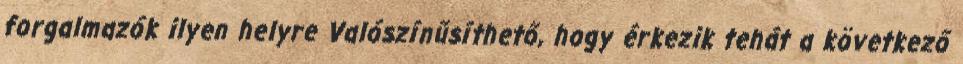
forgalmazók ilyen helyre Valószínűsíthető, hogy érkezik tehát a következő